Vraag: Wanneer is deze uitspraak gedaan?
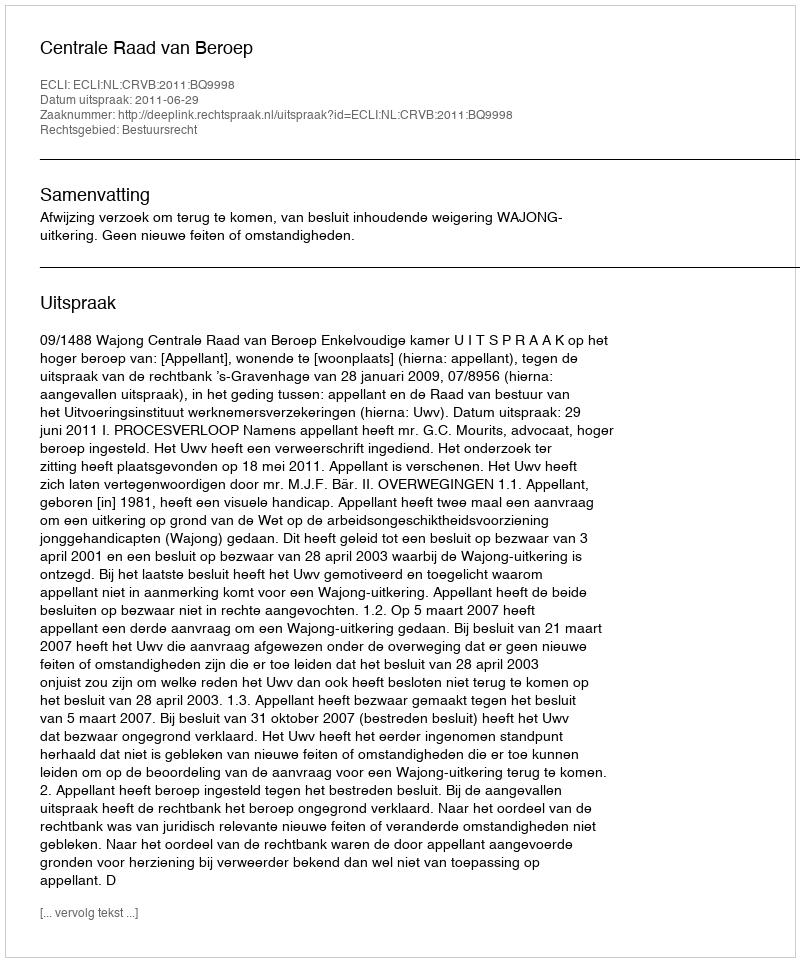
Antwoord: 2011-06-29